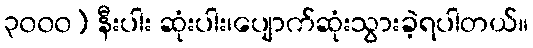
၃၀၀၀) နီးပါး ဆုံးပါး၊ပျောက်ဆုံးသွားခဲ့ရပါတယ်။